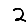
Digit: 2